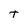
Character: T